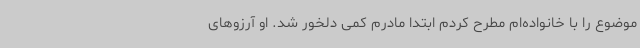
موضوع را با خانواده‌ام مطرح کردم ابتدا مادرم کمی دلخور شد. او آرزوهای